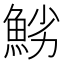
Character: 𩷈